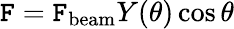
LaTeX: \mathtt{F}=\mathtt{F}_{\mathrm{{beam}}}Y(\theta)\cos\theta